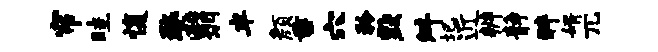
帘畦愎婺翳半颜垂穴矜默舛圮近辨静醉婿兀